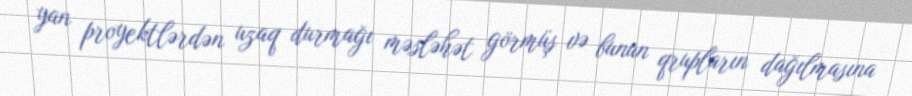
yan proyektlərdən uzaq durmağı məsləhət görmüş və bunun qrupların dağılmasına